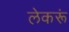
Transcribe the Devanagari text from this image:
लेकरूं